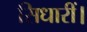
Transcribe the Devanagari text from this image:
सिधारीं।